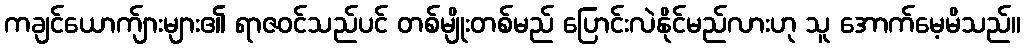
ကချင်ယောက်ျားများ၏ ရာဇဝင်သည်ပင် တစ်မျိုးတစ်မည် ပြောင်းလဲနိုင်မည်လားဟု သူ အောက်မေ့မိသည်။